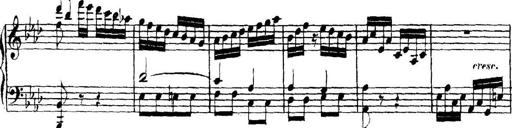
Title: Collected Piano Sonatas
Composer: Muzio Clementi